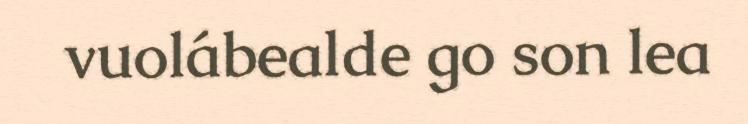
vuolábealde go son lea